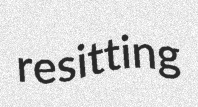
resitting